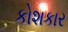
કોશકાર